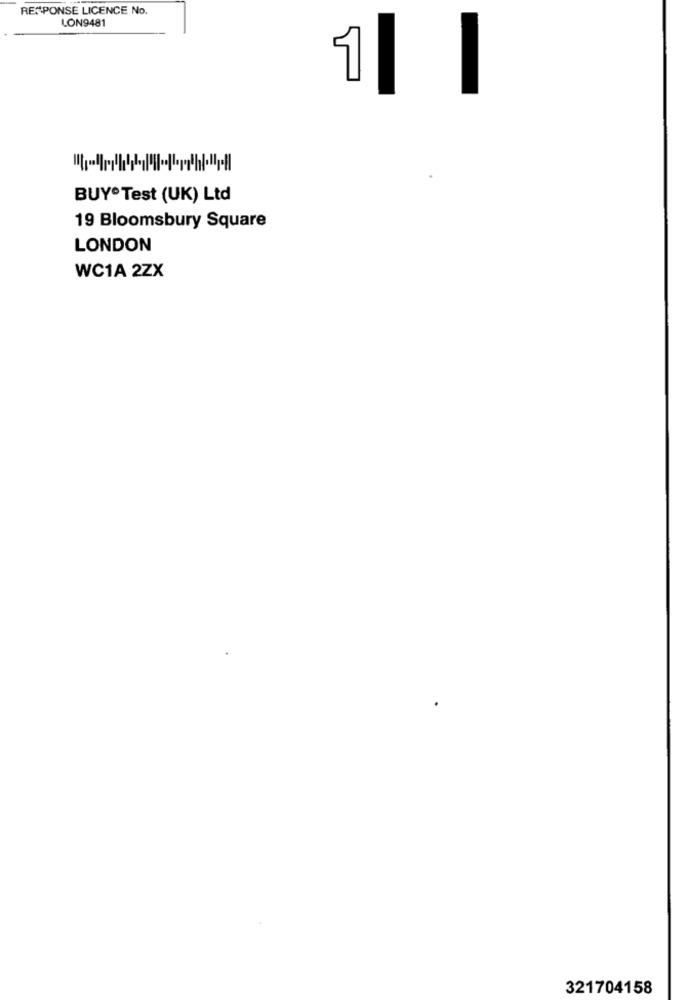
RESPONSE LICENCE No.
LON9481
BUY® Test (UK) Ltd
19 Bloomsbury Square
LONDON
WC1A 2ZX
321704158